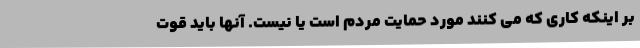
بر اینکه کاری که می کنند مورد حمایت مردم است یا نیست. آنها باید قوت